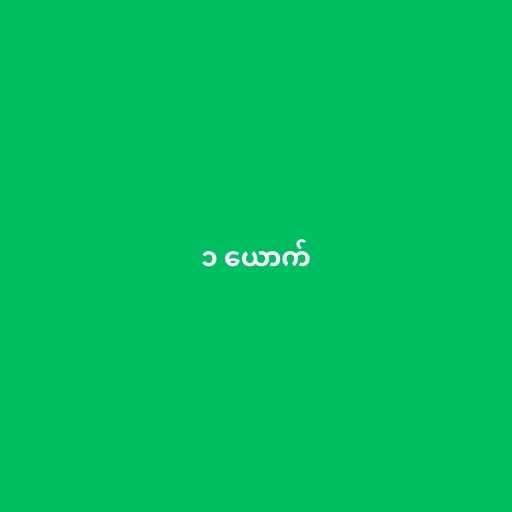
၁ ယောက်